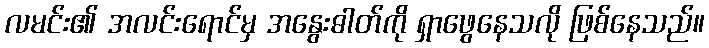
လမင်း၏ အလင်းရောင်မှ အနွေးဓါတ်ကို ရှာဖွေနေသလို ဖြစ်နေသည်။